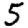
Digit: 5